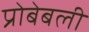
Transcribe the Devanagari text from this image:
प्रोबेबली